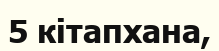
5 кітапхана,